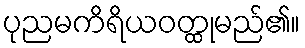
ပုညမကိရိယဝတ္ထုမည်၏။